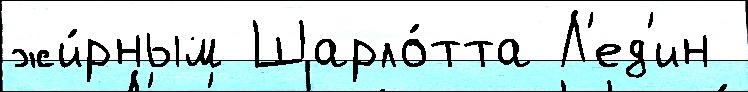
жи́рным Шарло́тта Л'ед'ин